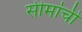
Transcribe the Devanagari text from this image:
सीमांची